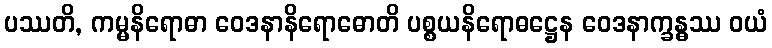
ပဿတိ, ကမ္မနိရောဓာ ဝေဒနာနိရောဓောတိ ပစ္စယနိရောဓဋ္ဌေန ဝေဒနာက္ခန္ဓဿ ဝယံ